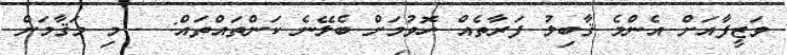
ވަޒީފާއަށް އެންމެ ޤާބިލު ފަރާތެއް ހޮވުމަށް ބެލޭނެ ކަންތައްތައް: - މި މަޤާމަށް